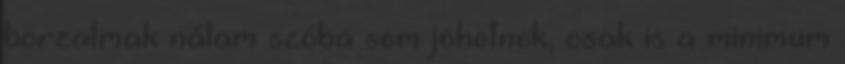
borzalmak nálam szóba sem jöhetnek, csak is a minimum